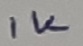
Text: 1K